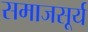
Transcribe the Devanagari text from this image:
समाजसूर्य